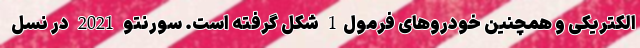
الکتریکی و همچنین خودروهای فرمول1 شکل گرفته است. سورنتو 2021 در نسل